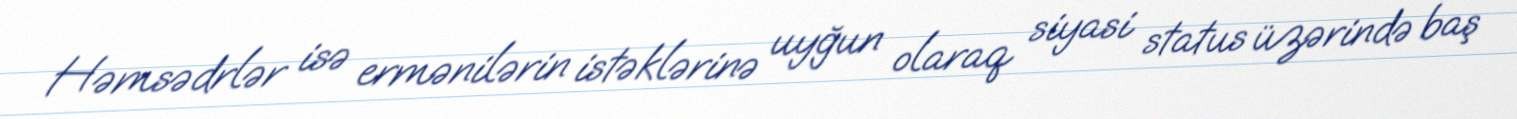
Həmsədrlər isə ermənilərin istəklərinə uyğun olaraq siyasi status üzərində baş